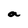
Character: a